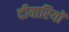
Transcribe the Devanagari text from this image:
दीवारियों